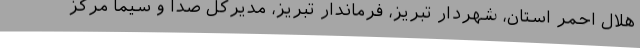
هلال احمر استان، شهردار تبریز، فرماندار تبریز، مدیرکل صدا و سیما مرکز